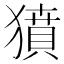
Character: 獖